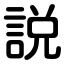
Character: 説